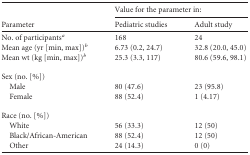
| <ROWSPAN=2> Parameter | <COLSPAN=2> Value for the parameter in: |
 | Pediatric studies | Adult study |
 | --- | --- | --- |
 | No. of participantsa | 168 | 24 |
 | Mean age (yr [min, max])b | 6.73 (0.2, 24.7) | 32.8 (20.0, 45.0) |
 | Mean wt (kg [min, max])b | 25.3 (3.3, 117) | 80.6 (59.6, 98.1) |
 | Sex (no. [%]) |  |  |
 | Male | 80 (47.6) | 23 (95.8) |
 | Female | 88 (52.4) | 1 (4.17) |
 | Race (no. [%]) |  |  |
 | White | 56 (33.3) | 12 (50) |
 | Black/African-American | 88 (52.4) | 12 (50) |
 | Other | 24 (14.3) | 0 (0) |